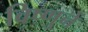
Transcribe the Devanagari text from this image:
विष्णुनें